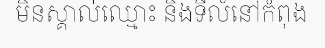
មិនស្គាល់ឈ្មោះ និងទីលំនៅកំពុង